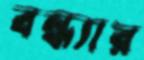
বন্ধ্যার